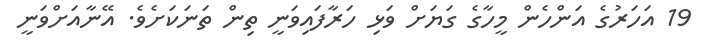
19 އަހަރުގެ އަންހެން މީހާގެ ގަޔަށް ވަޅި ހަރާފައިވަނީ ތިން ތަނަކަށެވެ. އޭނާއަށްވަނީ